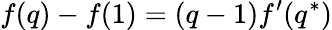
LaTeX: f(q)-f(1)=(q-1)f^{\prime}(q^{*})